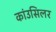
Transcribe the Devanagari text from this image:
कांउसिलर